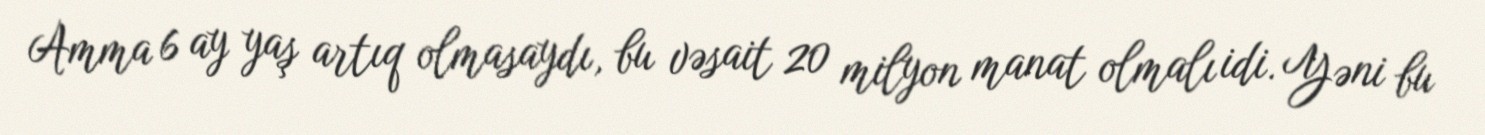
Amma 6 ay yaş artıq olmasaydı, bu vəsait 20 milyon manat olmalı idi. Yəni bu